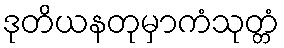
ဒုတိယနတုမှာကံသုတ္တံ